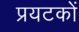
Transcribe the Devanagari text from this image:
प्रयटकों